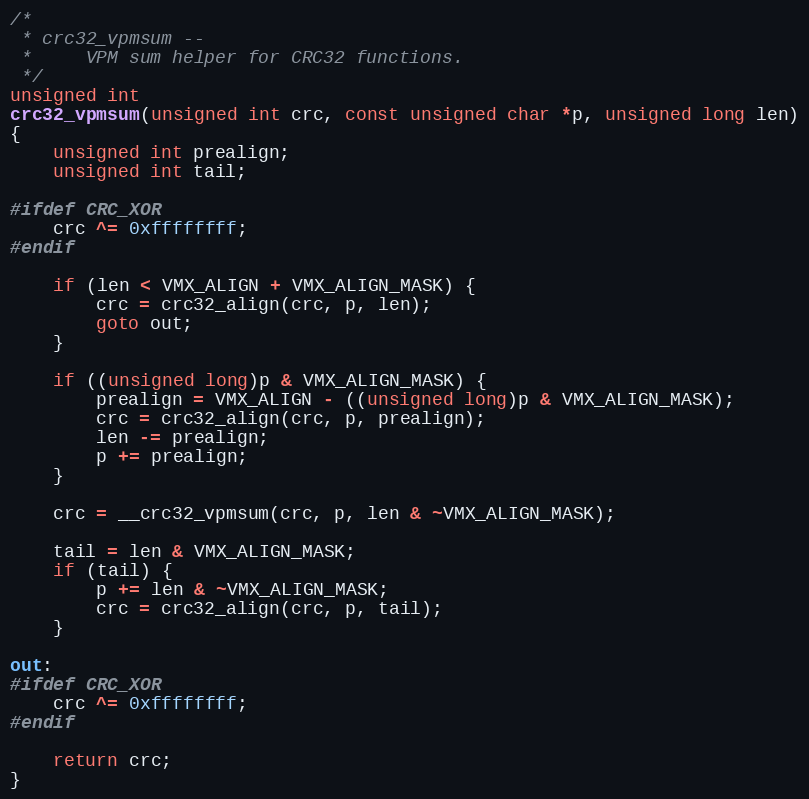
Language: C
/*
 * crc32_vpmsum --
 *     VPM sum helper for CRC32 functions.
 */
unsigned int
crc32_vpmsum(unsigned int crc, const unsigned char *p, unsigned long len)
{
    unsigned int prealign;
    unsigned int tail;

#ifdef CRC_XOR
    crc ^= 0xffffffff;
#endif

    if (len < VMX_ALIGN + VMX_ALIGN_MASK) {
        crc = crc32_align(crc, p, len);
        goto out;
    }

    if ((unsigned long)p & VMX_ALIGN_MASK) {
        prealign = VMX_ALIGN - ((unsigned long)p & VMX_ALIGN_MASK);
        crc = crc32_align(crc, p, prealign);
        len -= prealign;
        p += prealign;
    }

    crc = __crc32_vpmsum(crc, p, len & ~VMX_ALIGN_MASK);

    tail = len & VMX_ALIGN_MASK;
    if (tail) {
        p += len & ~VMX_ALIGN_MASK;
        crc = crc32_align(crc, p, tail);
    }

out:
#ifdef CRC_XOR
    crc ^= 0xffffffff;
#endif

    return crc;
}